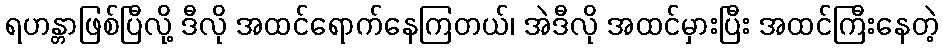
ရဟန္တာဖြစ်ပြီလို့ ဒီလို အထင်ရောက်နေကြတယ်၊ အဲဒီလို အထင်မှားပြီး အထင်ကြီးနေတဲ့